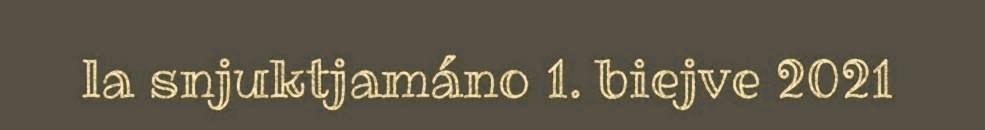
la snjuktjamáno 1. biejve 2021